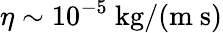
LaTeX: \eta\sim 10^{-5}~\mathrm{kg/(m~s)}